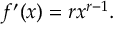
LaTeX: f ^ { \prime } ( x ) = r x ^ { r - 1 } .